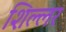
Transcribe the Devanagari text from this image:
शिल्लर